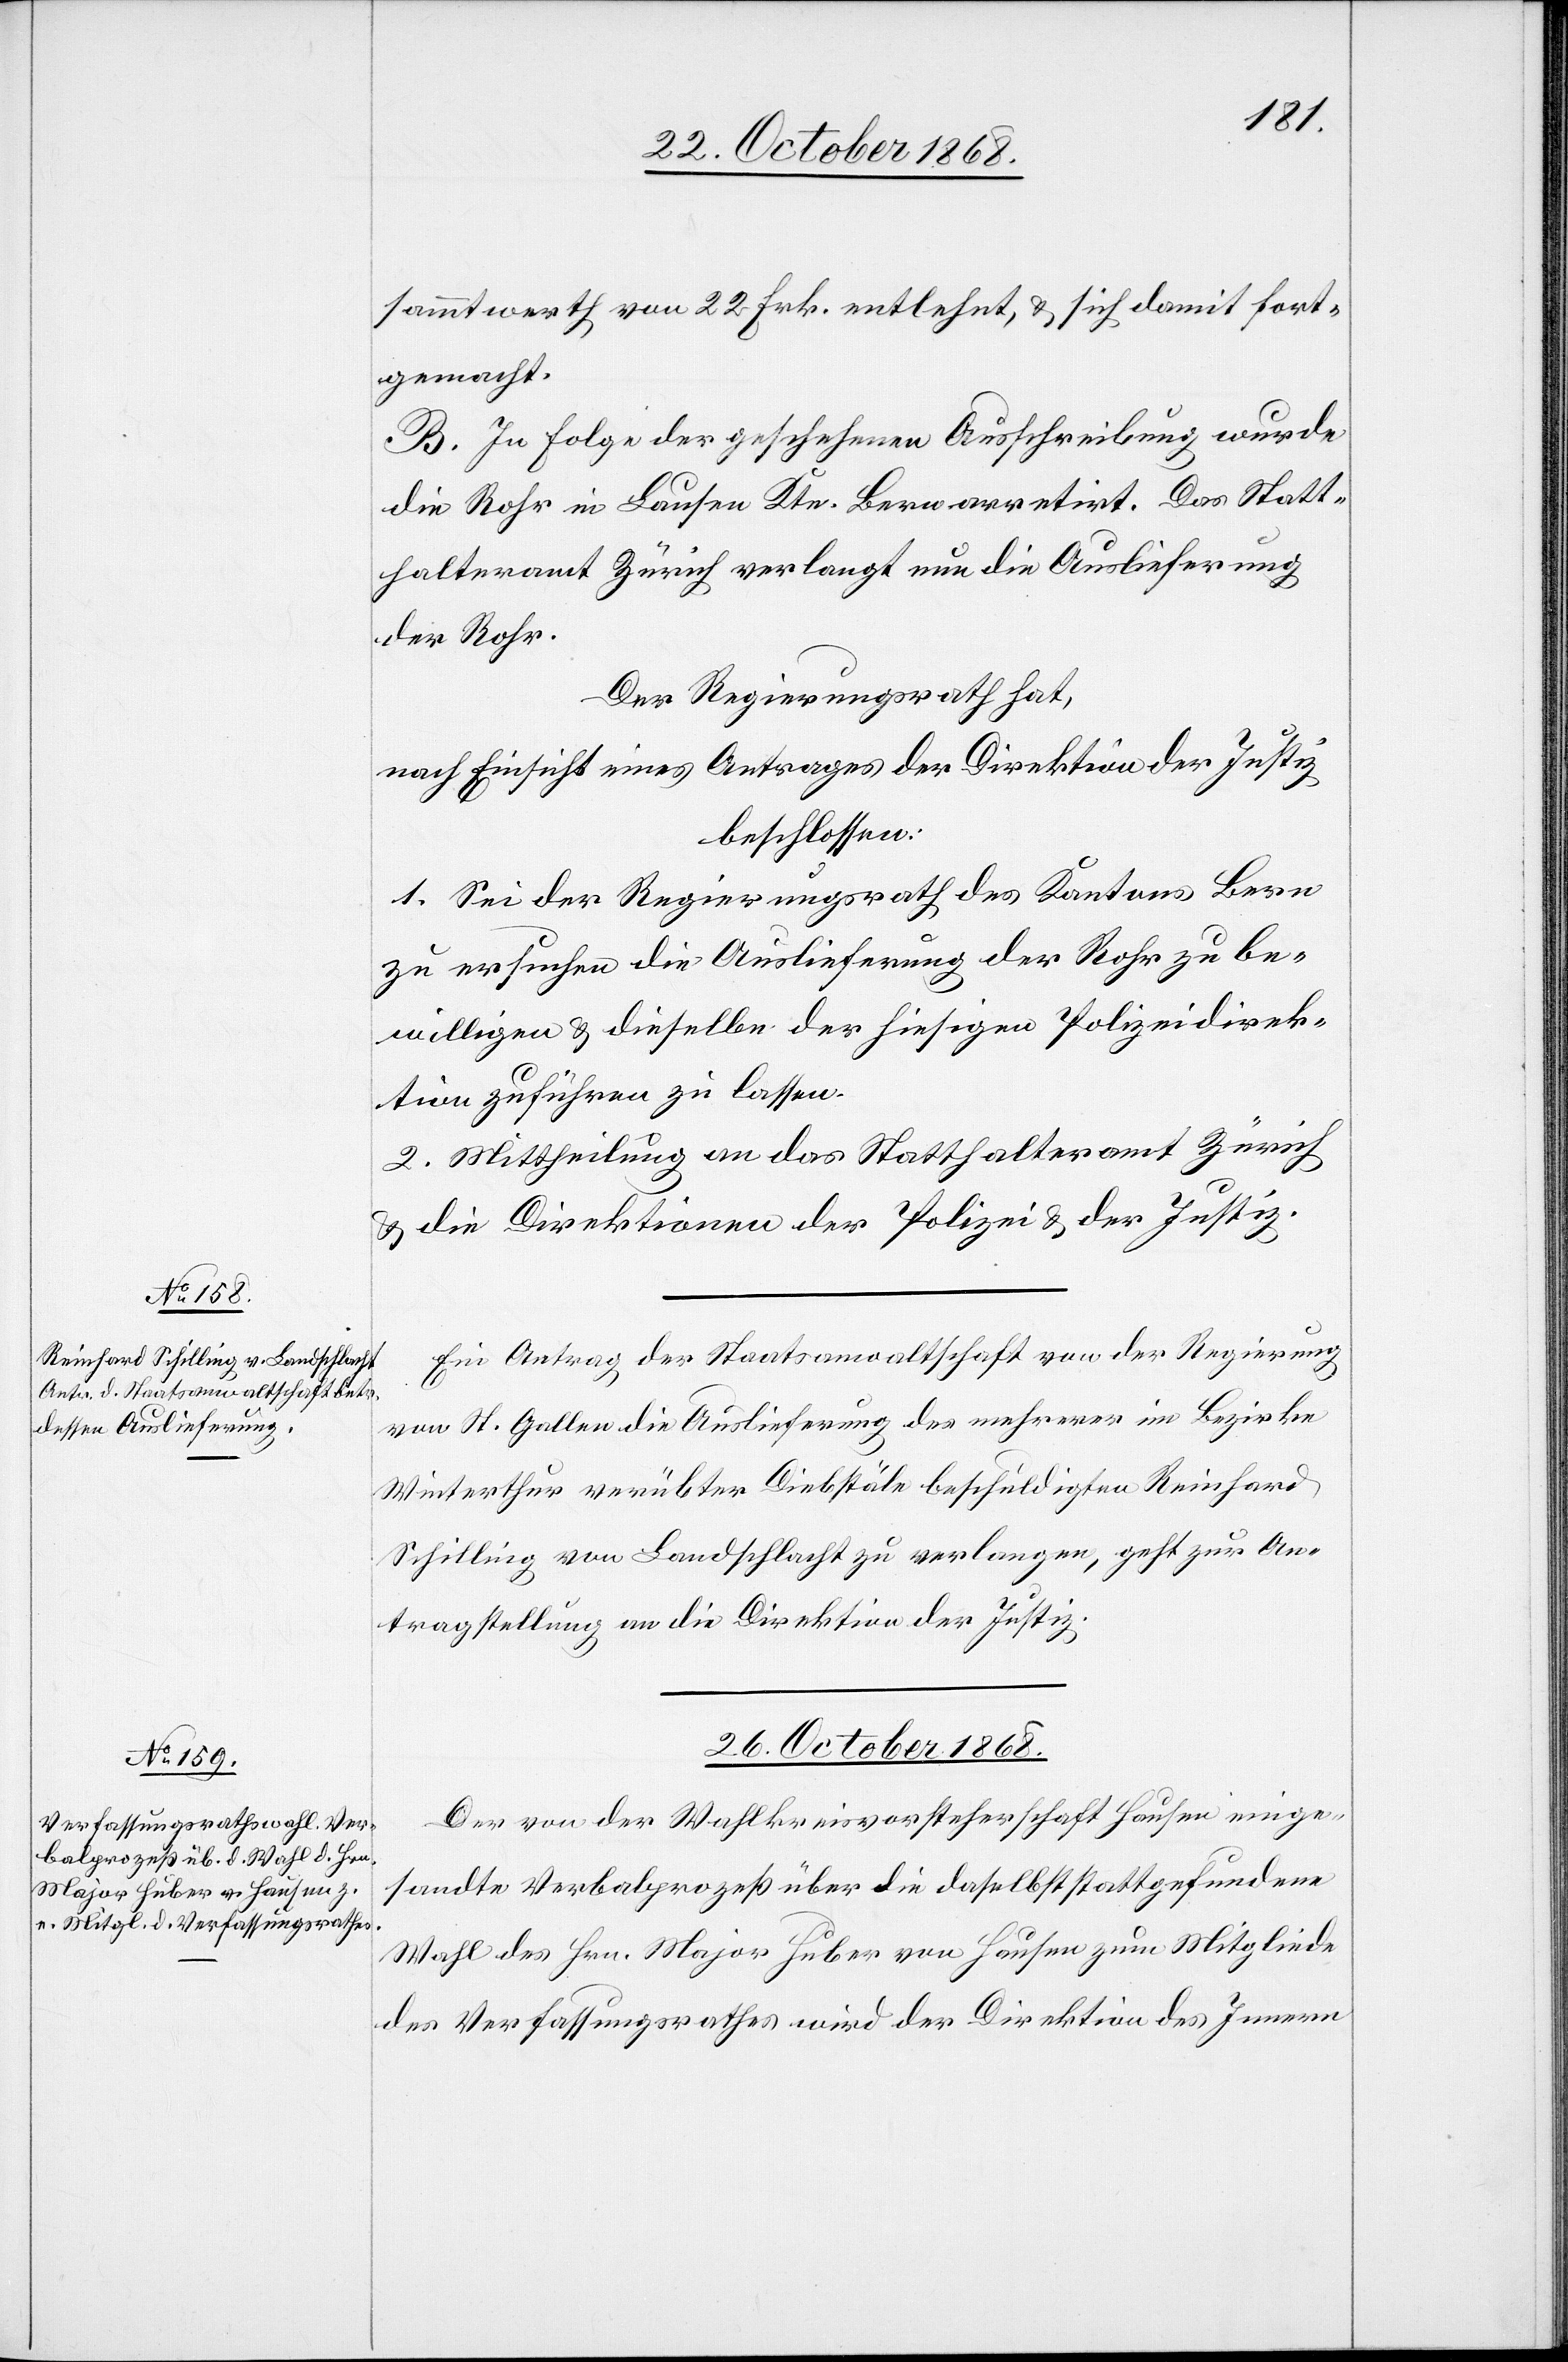
sammtwerth von 22 Frk. entlehnt, & sich damit fort¬
gemacht.
B. In Folge der geschehenen Ausschreibung wurde
die Rohr in Laufen Ktn. Bern arretirt. Das Statt¬
halteramt Zürich verlangt nun die Auslieferung
der Rohr.
Der Regierungsrath hat,
nach Einsicht eines Antrages der Direktion der Justiz
beschlossen:
1. Sei der Regierungsrath des Kantons Bern
zu ersuchen die Auslieferung der Rohr zu be¬
willigen & dieselbe der hiesigen Polizeidirek¬
tion zuführen zu lassen.
2. Mittheilung an das Statthalteramt Zürich
& die Direktionen der Polizei & der Justiz.
Ein Antrag der Staatsanwaltschaft von der Regierung
von St. Gallen die Auslieferung des mehrerer im Bezirke
Winterthur verübter Diebstäle beschuldigten Reinhard
Schilling von Landschlacht zu verlangen, geht zur An¬
tragstellung an die Direktion der Justiz.
26. October 1868.
Der von der Wahlkreisvorsteherschaft Hausen einge¬
sandte Verbalprozeß über die daselbst stattgefundene
Wahl des Hrn. Major Huber von Hausen zum Mitgliede
des Verfassungsrathes wird der Direktion des Innern